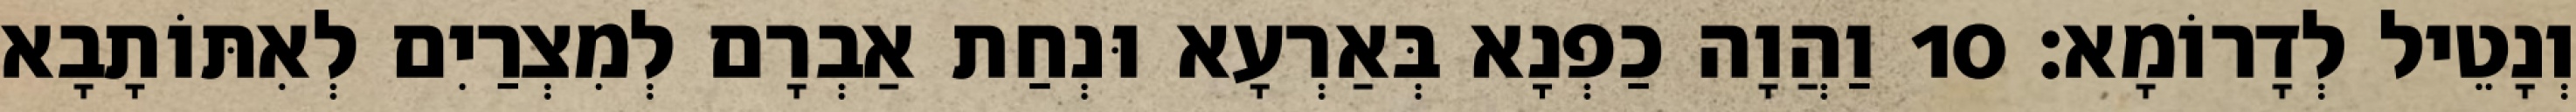
וְנָטֵיל לְדָרוֹמָא׃ 10 וַהֲוָה כַפְנָא בְּאַרְעָא וּנְחַת אַבְרָם לְמִצְרַיִם לְאִתּוֹתָבָא